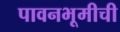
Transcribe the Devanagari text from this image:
पावनभूमीची